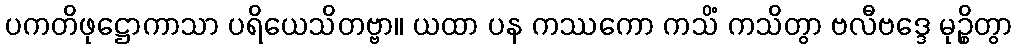
ပကတိဖုဋ္ဌောကာသာ ပရိယေသိတဗ္ဗာ။ ယထာ ပန ကဿကော ကသိံ ကသိတွာ ဗလီဗဒ္ဒေ မုဉ္စိတွာ